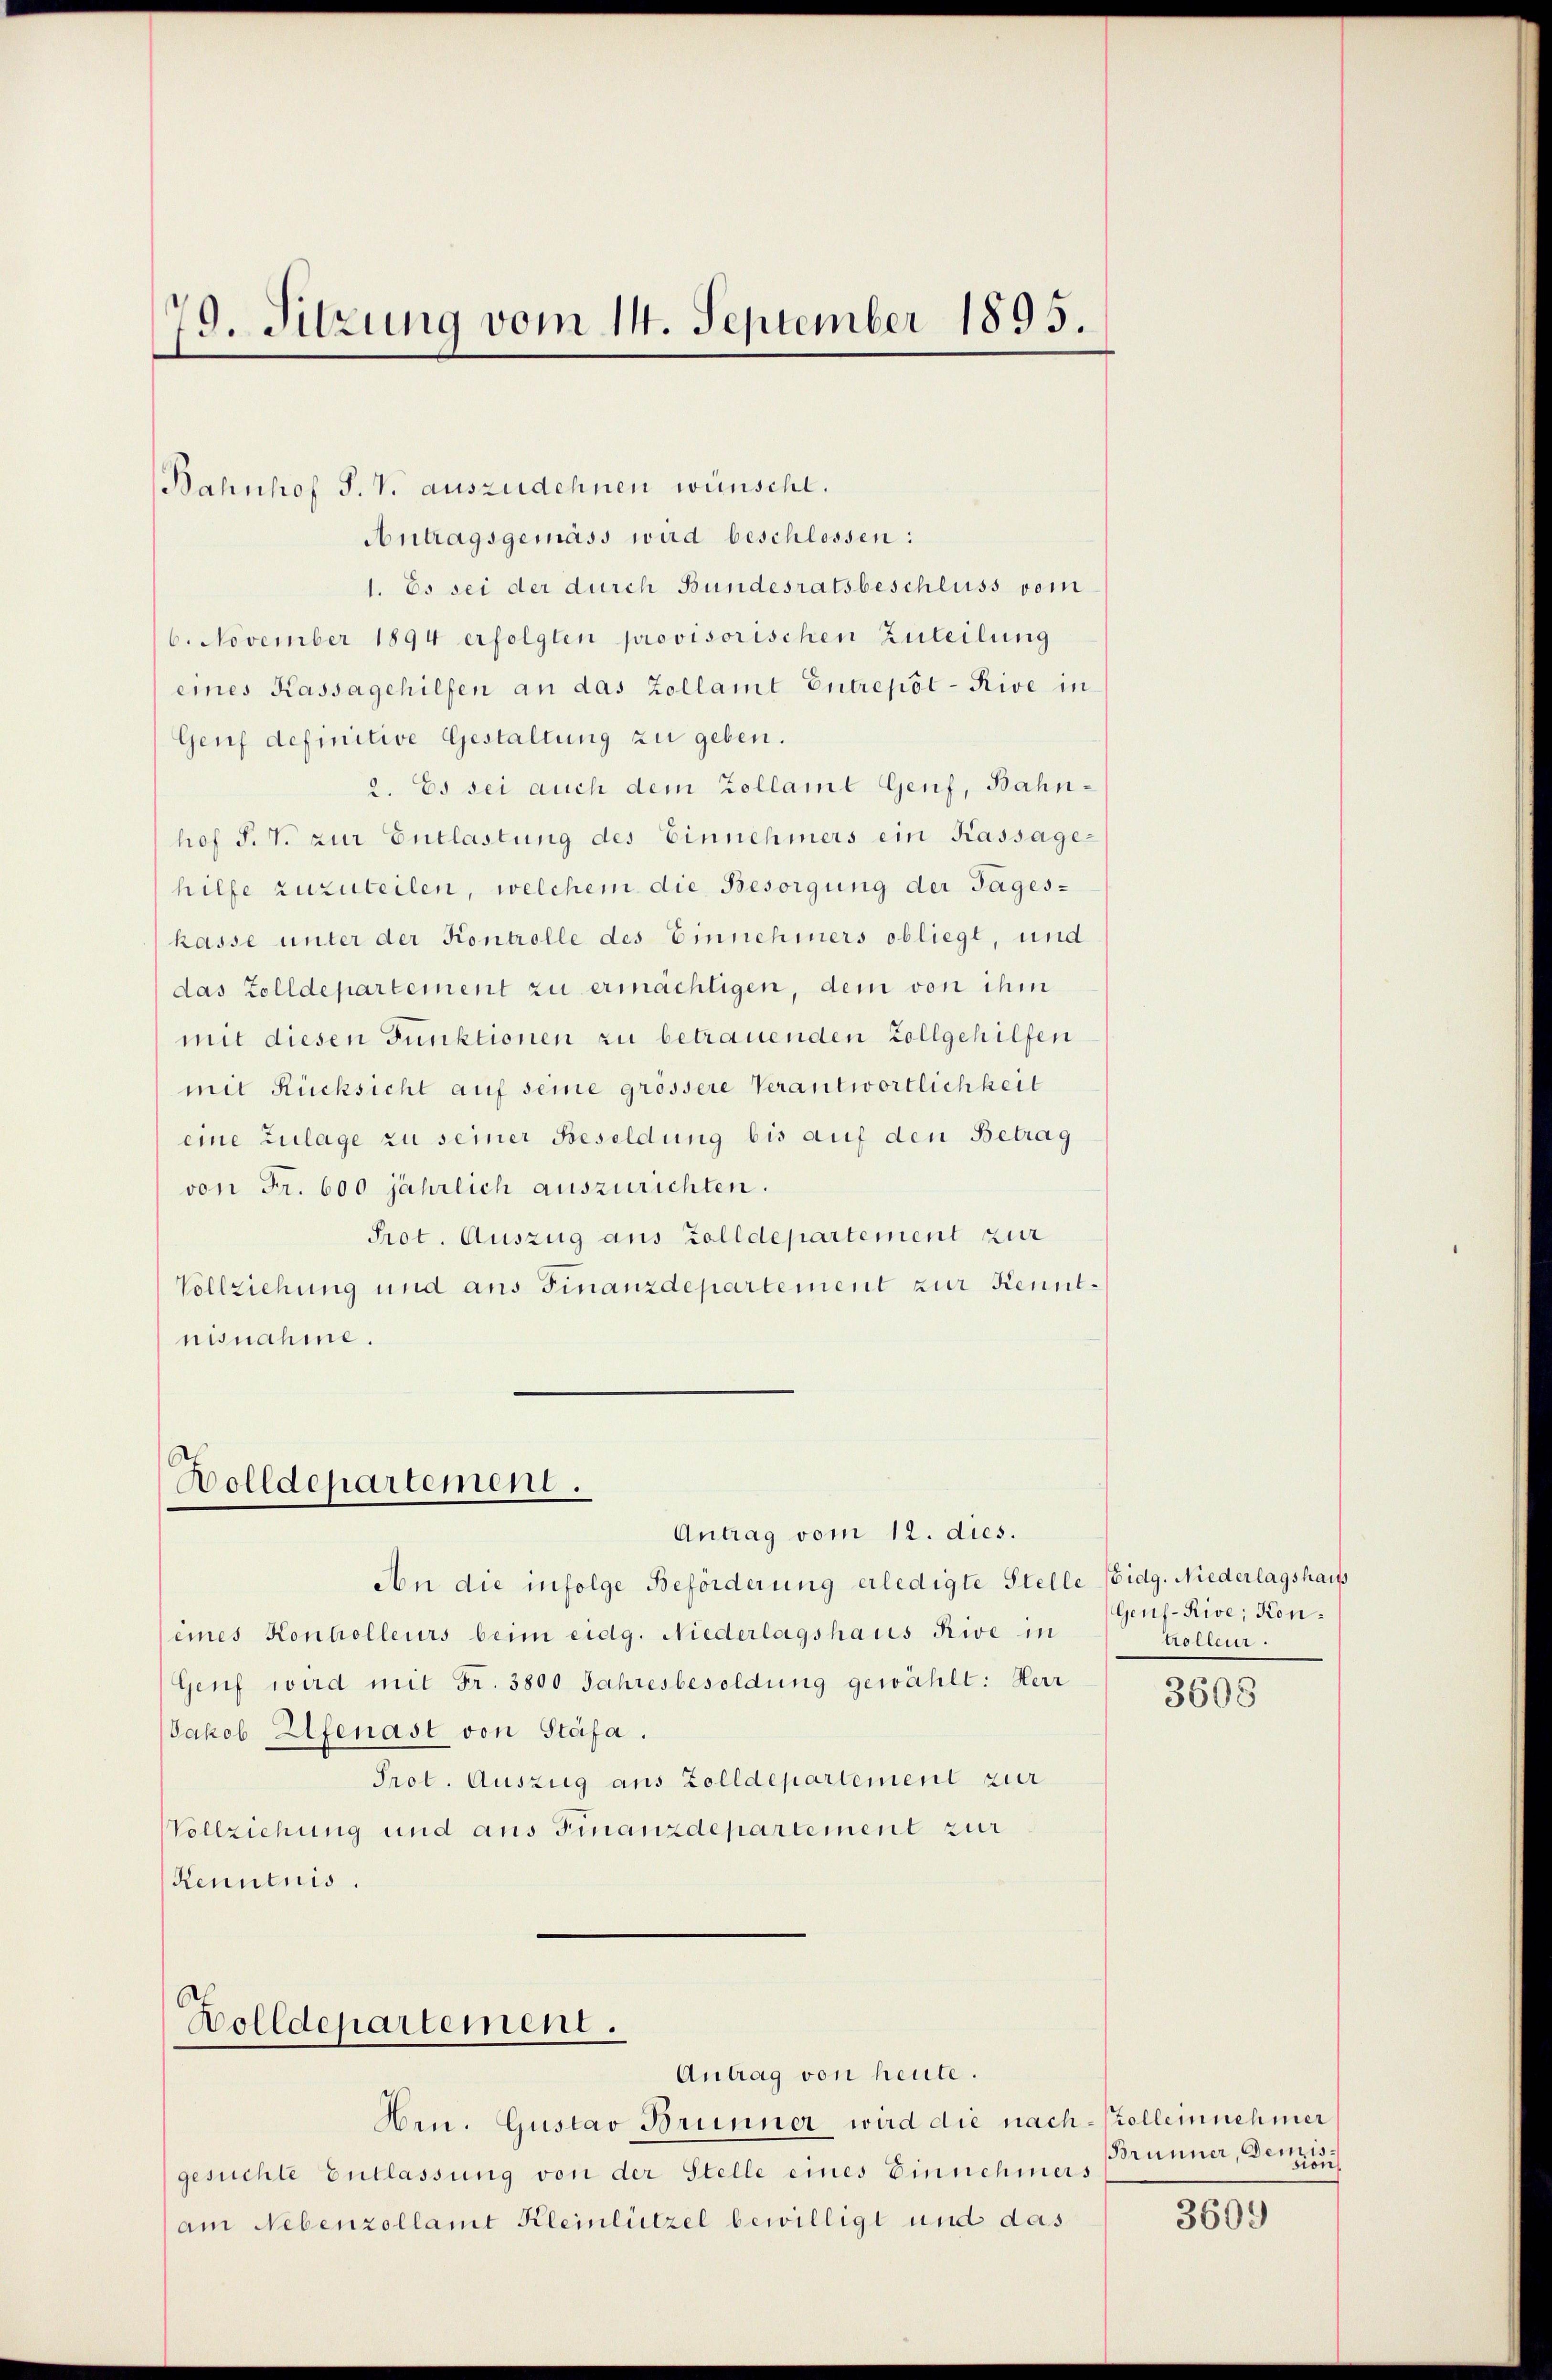
79. Sitzung vom 14. September 1895.

Bahnhof S. V. auszudehnen wünscht.
Antragsgemäss wird beschlossen:
1. Es sei der durch Bundesratsbeschluss vom
6. November 1894 erfolgten provisorischen Zuteilung
eines Kassagehilfen an das Zollamt Entrepöl-Rive in
Genf definitive Gestaltung zu geben.
2. Es sei auch dem Zollamt Genf, Bahnhof S. T. zur Entlastung des Einnehmers ein Kassage-
hilfe zuzuteilen, welchem die Besorgung der Tages-
kasse unter der Kontrolle des Einnehmers obliegt, und
das Zolldepartement zu ermächtigen, dem von ihm
mit diesen Punktionen zu betrauenden Zollgehilfen
mit Rücksicht auf seine grössere Verantwortlichkeit
eine Zulage zu seiner Besoldung bis auf den Betrag
von Fr. 600 jährlich auszurichten.
Prot. Auszug aus Zolldepartement zur
Vollziehung und ans Finanzdepartement zur Kenntnisnahme.

Bolldepartement.

Bolldepartement.

Antrag vom 12. dies.
An die infolge Beförderung erledigte Stelle (Eidg. Niederlagshauss
eines Konholleurs beim eidg. Niederlagshaus Rive in
Genf wird mit Fr. 3800 Jahresbesoldung gewählt: Herr
Jakob Elfenast von Stäfa.
Prot. Auszug aus Zolldepartement zur
Vollziehung und aus Finanzdepartement zur
Kenntnis

Antrag von heute.
Hrn. Gustav Brunner wird die nach-Kolleinnehmer
gesuchte Entlassung von der Stelle eines Einnehmers
am Nebenzollamt Kleinlützel bewilligt und das

Genf-Rive; Kontrolleur.

3608

Brunner, der

3609